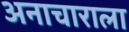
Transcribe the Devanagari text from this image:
अनाचाराला